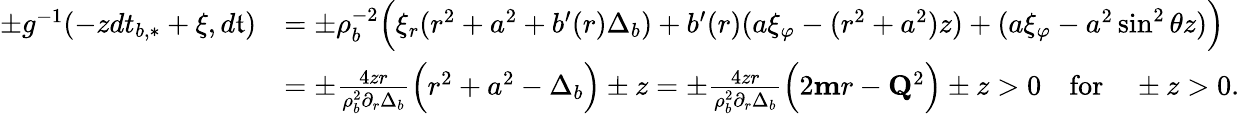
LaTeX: \begin{array}{rl}{\pm g^{-1}(-zdt_{b,*}+\xi,d\mathfrak{t})}&{=\pm\rho_{b}^{-2}\Big(\xi_{r}(r^{2}+a^{2}+b^{\prime}(r)\Delta_{b})+b^{\prime}(r)(a\xi_{\varphi}-(r^{2}+a^{2})z)+(a\xi_{\varphi}-a^{2}\sin^{2}\theta z)\Big)}\\ &{=\pm\frac{4zr}{\rho_{b}^{2}\partial_{r}\Delta_{b}}\Big(r^{2}+a^{2}-\Delta_{b}\Big)\pm z=\pm\frac{4zr}{\rho_{b}^{2}\partial_{r}\Delta_{b}}\Big(2\mathbf{m}r-\mathbf{Q}^{2}\Big)\pm z>0\quad\mathrm{for}\quad\pm z>0.}\end{array}